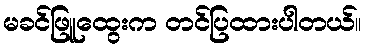
မခင်ဖြူထွေးက တင်ပြထားပါတယ်။